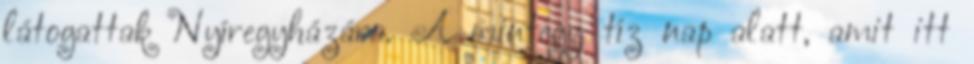
látogattak Nyíregyházára. A mintegy tíz nap alatt, amit itt